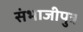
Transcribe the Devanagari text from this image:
संभाजीपुत्र